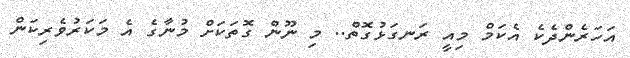
އަހަރެންދެކެ އެކަމް މިއީ ރަނގަޅުގޮތް.. މި ނޫން ގޮތަކަށް މުނާގެ އެ މަކަރުވެރިކަން